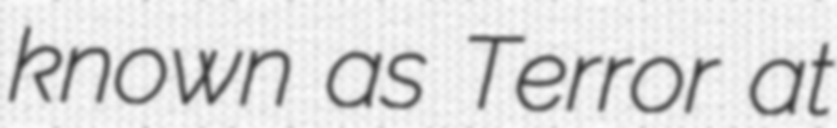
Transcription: known as Terror at